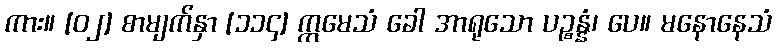
ကား။ [၀၂] စာမျက်နှာ [၁၁၄] ဣမေသံ ခေါ အာရုသော ပဉ္စန္နံ၊ ပေ။ မနောနေသံ